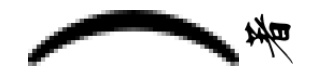
）著